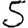
Digit: 5